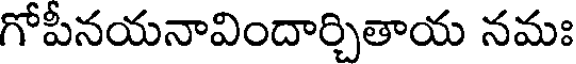
గోపీనయనావిందార్చితాయ నమః